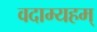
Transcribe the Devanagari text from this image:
वदाम्यहम्